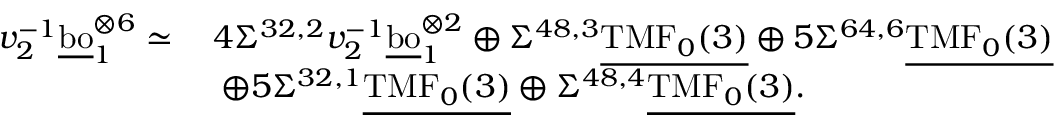
\begin{array} { r l } { v _ { 2 } ^ { - 1 } \underline { { \mathrm { b o } } } _ { 1 } ^ { \otimes { 6 } } \simeq \: } & { 4 \Sigma ^ { 3 2 , 2 } v _ { 2 } ^ { - 1 } \underline { { \mathrm { b o } } } _ { 1 } ^ { \otimes { 2 } } \oplus \Sigma ^ { 4 8 , 3 } \underline { { \mathrm { T M F } _ { 0 } ( 3 ) } } \oplus 5 \Sigma ^ { 6 4 , 6 } \underline { { \mathrm { T M F } _ { 0 } ( 3 ) } } } \\ & { \: \oplus 5 \Sigma ^ { 3 2 , 1 } \underline { { \mathrm { T M F } _ { 0 } ( 3 ) } } \oplus \Sigma ^ { 4 8 , 4 } \underline { { \mathrm { T M F } _ { 0 } ( 3 ) } } . } \end{array}